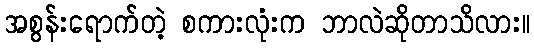
အစွန်းရောက်တဲ့ စကားလုံးက ဘာလဲဆိုတာသိလား။